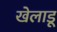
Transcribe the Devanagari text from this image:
खेलाडू